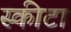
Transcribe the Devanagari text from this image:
स्कीटा